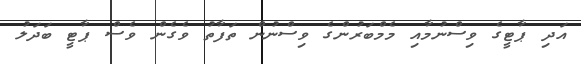
އަދި ޕާޓީގެ ވިސްނުމާއި މެމްބަރުންގެ ވިސްނުން ތަފާތު ވެގެން ވެސް ޕާޓީ ބަދަލު